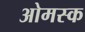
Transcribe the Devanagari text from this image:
ओमस्क